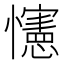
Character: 㦥